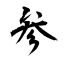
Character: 参